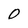
Character: O